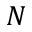
N